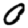
Digit: 0